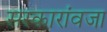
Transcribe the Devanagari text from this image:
सरकारांवजा